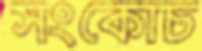
সংকোচ